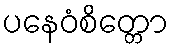
ပနေဝံစိတ္တော